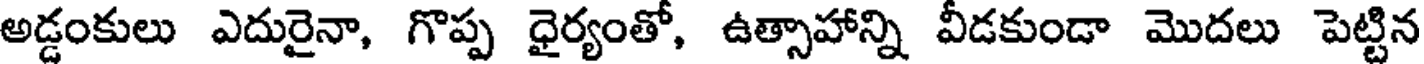
అడ్డంకులు ఎదురైనా, గొప్ప ధైర్యంతో, ఉత్సాహాన్ని వీడకుండా మొదలు పెట్టిన